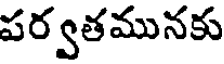
పర్వతమునకు